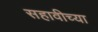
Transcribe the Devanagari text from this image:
सहावीच्या